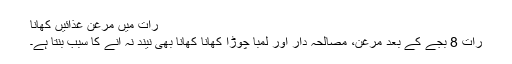
رات میں مرغن غذائیں کھانا
رات 8 بجے کے بعد مرغن، مصالحہ دار اور لمبا چوڑا کھانا کھانا بھی نیند نہ آنے کا سبب بنتا ہے۔